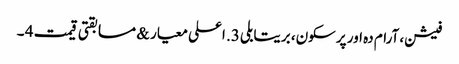
فیشن، آرام دہ اور پرسکون، بریتابلی 3. اعلی معیار & مسابقتی قیمت 4 ۔